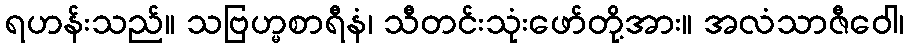
ရဟန်းသည်။ သဗြဟ္မစာရီနံ၊ သီတင်းသုံးဖော်တို့အား။ အလံသာဇီဝေါ၊